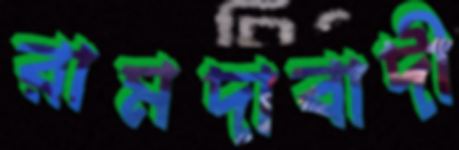
রামদাবাদী